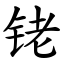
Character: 铑